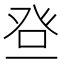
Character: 𱱵